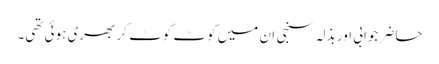
حاضر جوابی اور بذلہ سنجی ان میں کوٹ کوٹ کر بھری ہوئی تھی۔